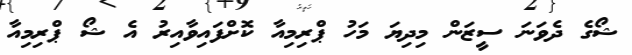
ޝޯގެ ދެވަނަ ސީޒަން މިދިޔަ މަހު ޕްރިމިއާ ކޮށްފައިވާއިރު އެ ޝޯ ޕްރިމިއާ